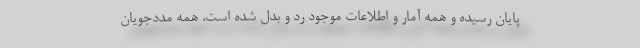
پایان رسیده و همه آمار و اطلاعات موجود رد و بدل شده است، همه مددجویان